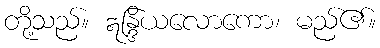
တို့သည်။ ဣန္ဒြိယလောကော၊ မည်၏။